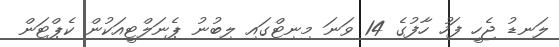
ލަނޑު ޖެހީ ފަހު ހާފުގެ 14 ވަނަ މިނިޓްގައި ލިބުނު ޕެނަލްޓީއަކުން ކެޕްޓަން